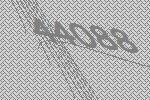
44088